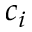
c _ { i }